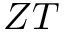
Z T